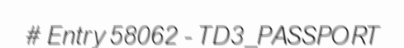
# Entry 58062 - TD3_PASSPORT